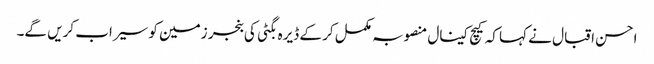
احسن اقبال نے کہا کہ کیچ کینال منصوبہ مکمل کر کے ڈیرہ بگٹی کی بنجر زمین کو سیراب کریں گے۔